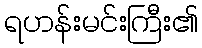
ရဟန်းမင်းကြီး၏